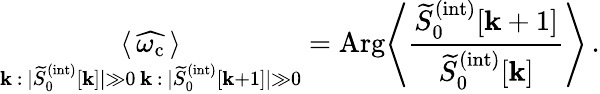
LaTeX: \underset{\substack{\mathbf{k}\, :\, |\widetilde{{S}}_{0}^{(\mathrm{{int}})}[\mathbf{k}]|\gg0\, \mathbf{k}\, :\, |\widetilde{{S}}_{0}^{(\mathrm{{int}})}[\mathbf{k}+1]|\gg0}}{\langle\, \widehat{{\omega_{\mathrm{{c}}}}}\, \rangle}=\mathrm{{Arg}}\Bigg\langle\frac{{\widetilde{{S}}_{0}^{(\mathrm{{int}})}[\mathbf{k}+1]}}{{\widetilde{{S}}_{0}^{(\mathrm{{int}})}[\mathbf{k}]}}\Bigg\rangle\, .